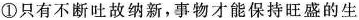
①只有不断吐故纳新，事物才能保持旺盛的生